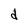
Character: d